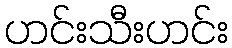
ဟင်းသီးဟင်း